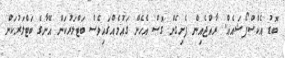
ބޮޑު އެކްސްޕޯޝައެއް. ރާއްޖެއިން ފެށިގެން ގޮސް އެހެން ގައުމެއްގައިވެސް ބަޓްލަރުކަން އޭނާގެ ބަޓްލަރުކަން